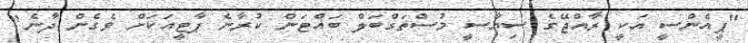
"ޕީއެންސީ އަކީ ރާއްޖޭގެ ސިޔާސީ މުސްތަގްބަލް ބައްޓަން ކުރާނެ ޕާޓީއަކަށް ވެގެން ދާނެ"